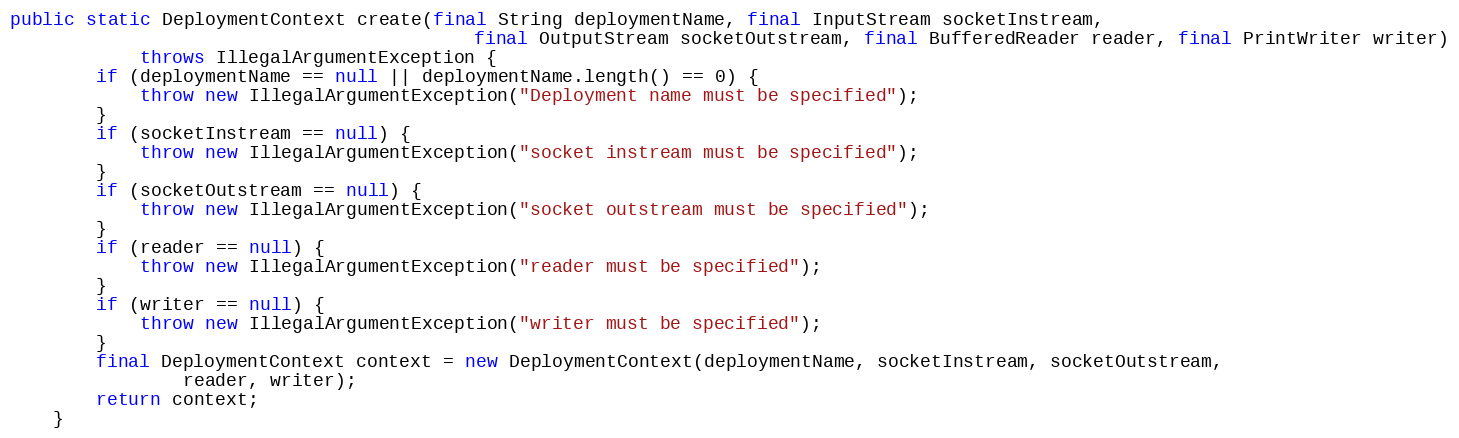
Language: Java
public static DeploymentContext create(final String deploymentName, final InputStream socketInstream,
                                           final OutputStream socketOutstream, final BufferedReader reader, final PrintWriter writer)
            throws IllegalArgumentException {
        if (deploymentName == null || deploymentName.length() == 0) {
            throw new IllegalArgumentException("Deployment name must be specified");
        }
        if (socketInstream == null) {
            throw new IllegalArgumentException("socket instream must be specified");
        }
        if (socketOutstream == null) {
            throw new IllegalArgumentException("socket outstream must be specified");
        }
        if (reader == null) {
            throw new IllegalArgumentException("reader must be specified");
        }
        if (writer == null) {
            throw new IllegalArgumentException("writer must be specified");
        }
        final DeploymentContext context = new DeploymentContext(deploymentName, socketInstream, socketOutstream,
                reader, writer);
        return context;
    }